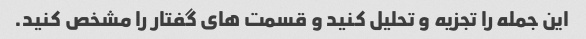
این جمله را تجزیه و تحلیل کنید و قسمت های گفتار را مشخص کنید.